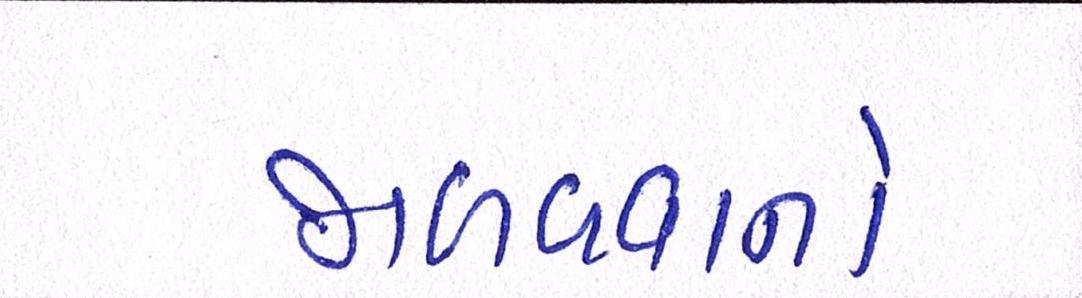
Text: જાળવવાનો